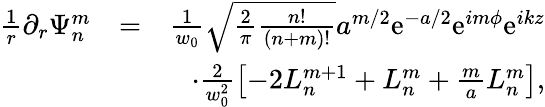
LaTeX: \begin{array}{rlr}{\frac{1}{r}\partial_{r}\Psi_{n}^{m}}&{=}&{\frac{1}{w_{0}}\sqrt{\frac{2}{\pi}\frac{n!}{(n+m)!}}a^{m/2}\mathrm{e}^{-a/2}\mathrm{e}^{im\phi}\mathrm{e}^{ikz}}\\ &{}&{\cdot\frac{2}{w_{0}^{2}}\left[-2L_{n}^{m+1}+L_{n}^{m}+\frac{m}{a}L_{n}^{m}\right],}\end{array}